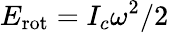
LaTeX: E_{\mathrm{rot}}=I_{c}\omega^{2}/2